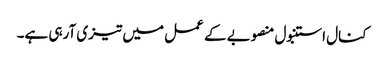
کنال استنبول منصوبے کے عمل میں تیزی آرہی ہے۔